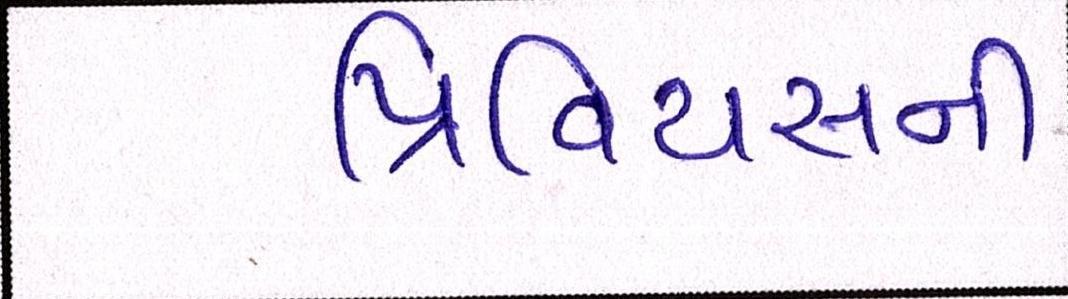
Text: પ્રિવિયસની